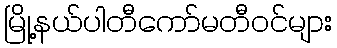
မြို့နယ်ပါတီကော်မတီဝင်များ